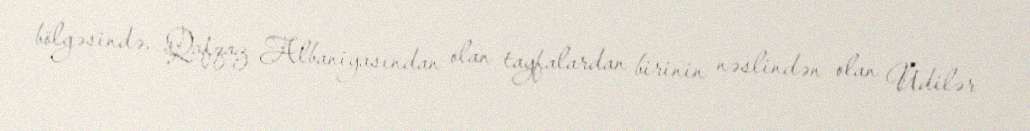
bölgəsində, Qafqaz Albaniyasından olan tayfalardan birinin nəslindən olan Udilər